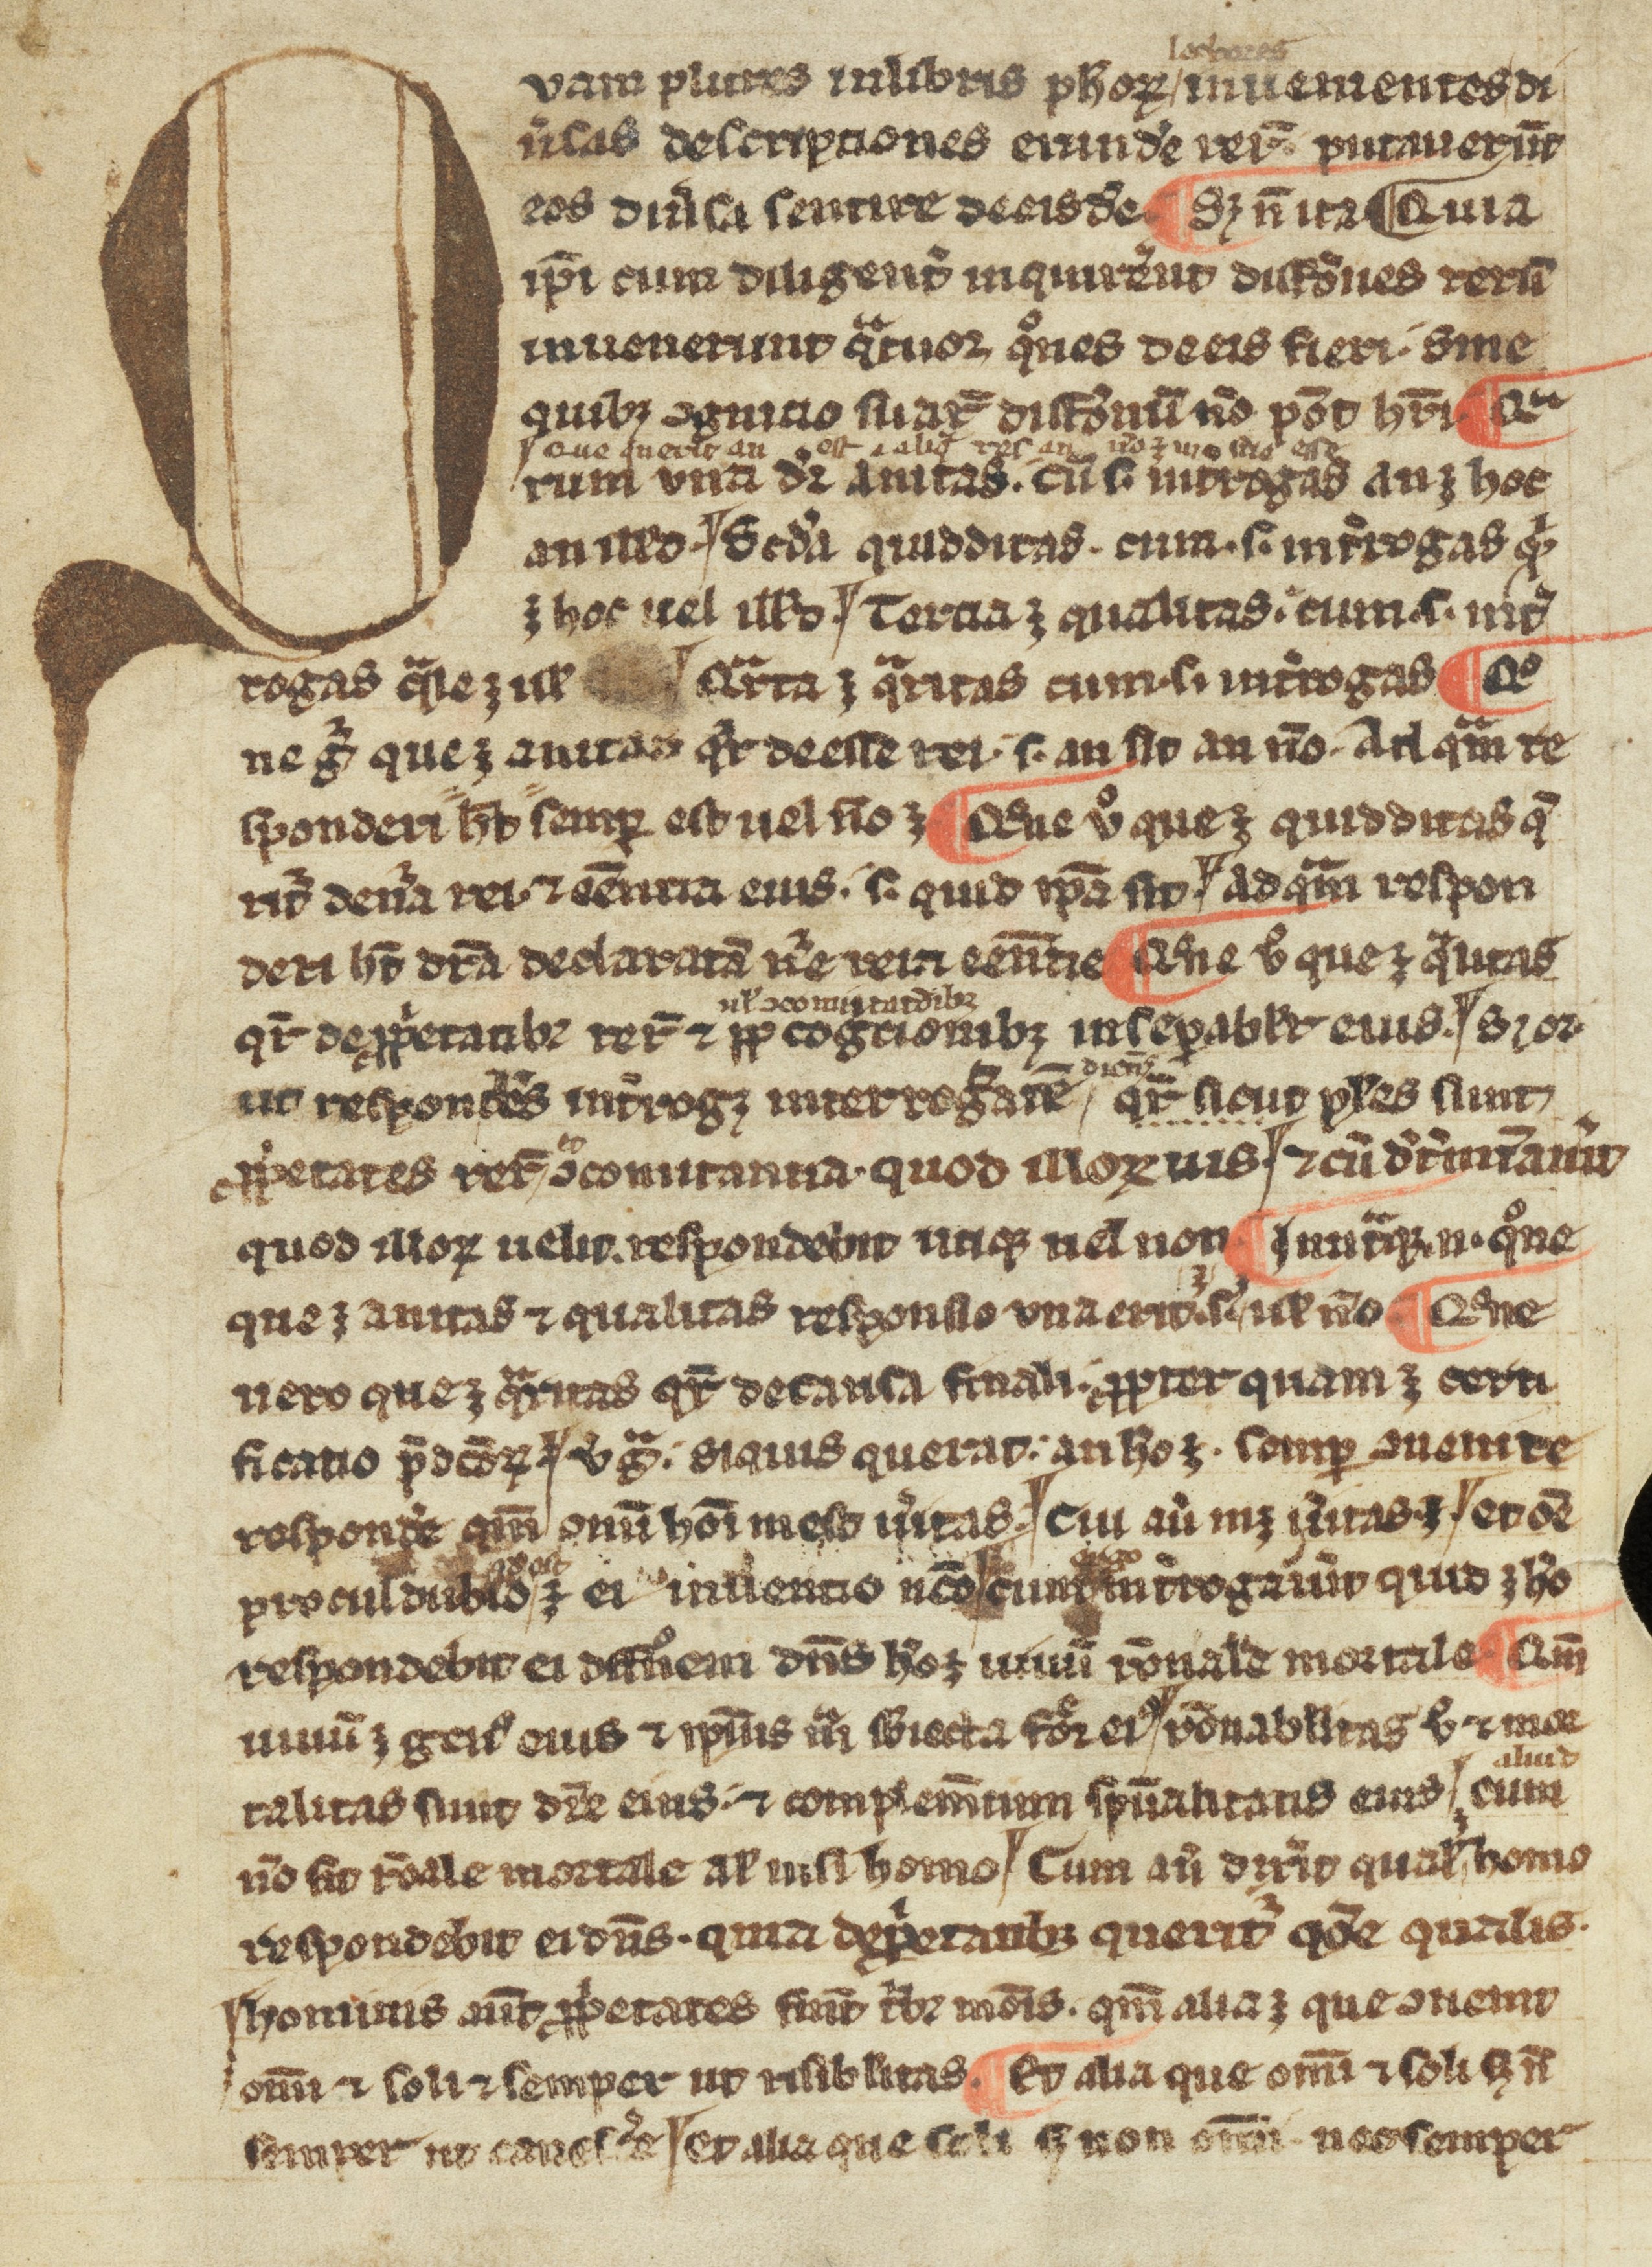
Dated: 1300–1399